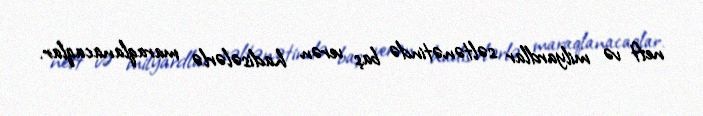
neft və milyardlar səltənətində baş verən hadisələrlə maraqlanacaqlar.